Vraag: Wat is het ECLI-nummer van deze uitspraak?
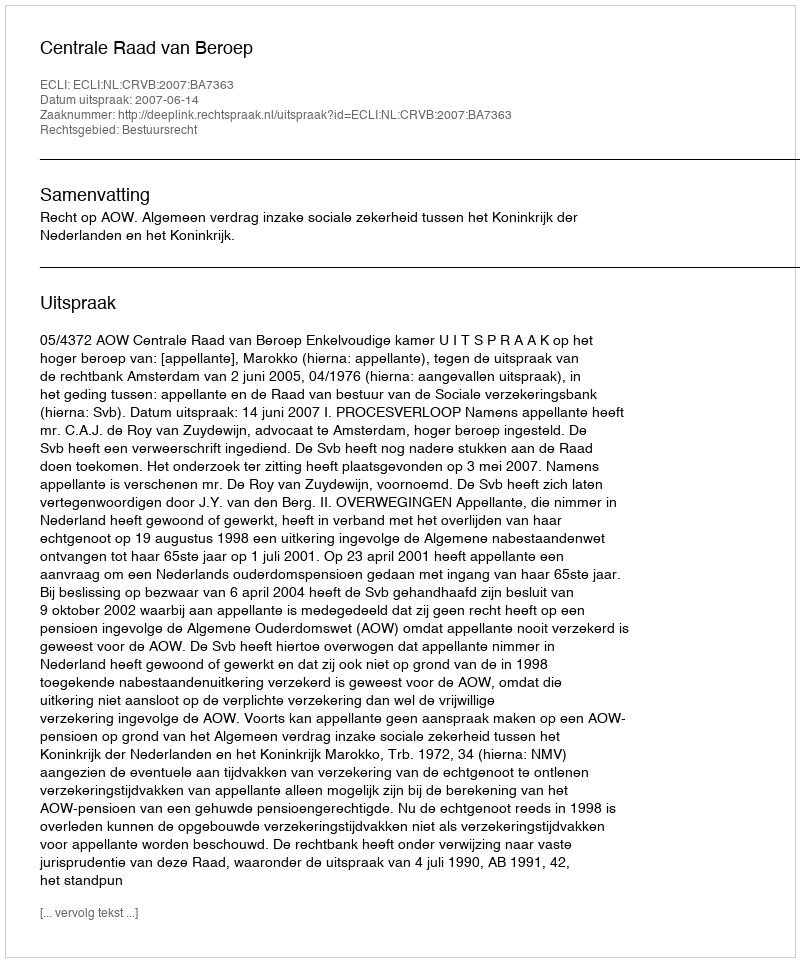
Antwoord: ECLI:NL:CRVB:2007:BA7363